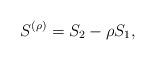
LaTeX: \begin{align*}S^{(\rho)}=S_2-\rho S_1,\end{align*}